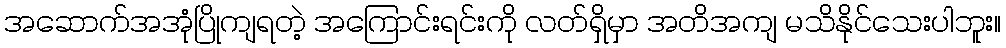
အဆောက်အအုံပြိုကျရတဲ့ အကြောင်းရင်းကို လတ်ရှိမှာ အတိအကျ မသိနိုင်သေးပါဘူး။